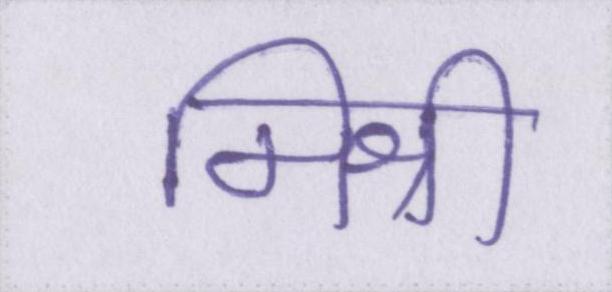
मिश्री